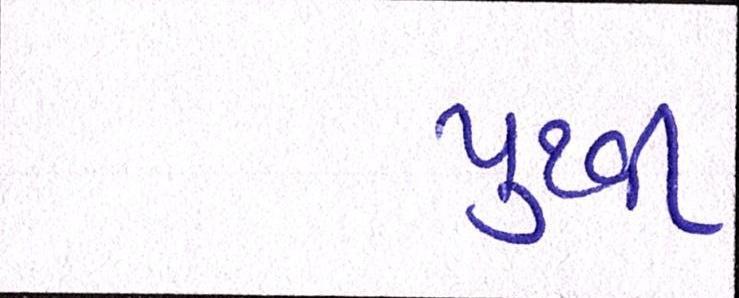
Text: પુથ્વી